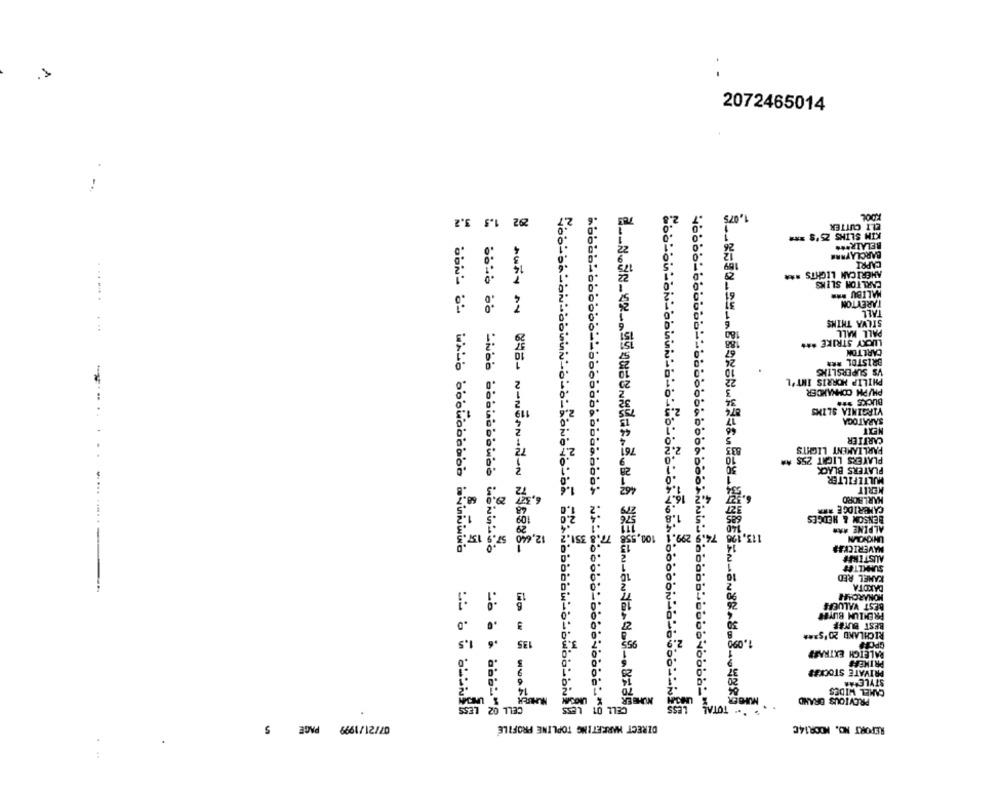
2072465014
-.
1,075
3.2
292 1.5
FOOL
ELT CUTTER
KIM SLIKS 25'S ***
BELAIR ***
BARCLAYARE
CAPRI
AMERICAN LIGHTS ***
CARLTON SLIKS
MALIBU **
TAREYTON
...... .
TALL
SILVA THINS
PALL MALL
LUCKY STRIKE ***
CARLTON
BRISTOL RAR
VS SUPERSLING
PHILIP MORRIS INT'L
PHUPH COMMANDER
BUCKS ***
119
VIRGINIA SLIMS
SARATOGA
NEXT
CARTIER
2.7
PARLIAMENT LIGHTS
PLAYERS LIGHT 25S
PLAYERS BLACK
MULTEFILTER
MERIT
6.37
MARLBORO
109
CAMBRIDGE RER
BENSON & HEDGES
12,640
ALPINE ***
57.
77.8 351.
74.9 299.1 100.55
UNKNOWN
MAVERICKES
AWAY AV 845- N-NEIN-NON NES988-
AUSTINFF
SUMMITET
KANEL RED
DAKOTA
3
HONARCHER
BEST VALUEFE
PREMIUM BUYH
.0
3
BEST BUYEF
.0
RICHLAND 2015 ***
1.5
135
2.9
1.090
RALEIGH EXTRAER
RESIN-EN88-8.8.
PRIMERS
PRIVATE STOCKER
STYLEPAR
CAMEL WIDES
.488
NUMBER
. *- TOTAL
PREVIOUS BRAND
CELL 02
07/21/1999 PAGE 5
DIRECT MARKETING TOPLINE PROFILE
REPORT NO. MOOR14C
: